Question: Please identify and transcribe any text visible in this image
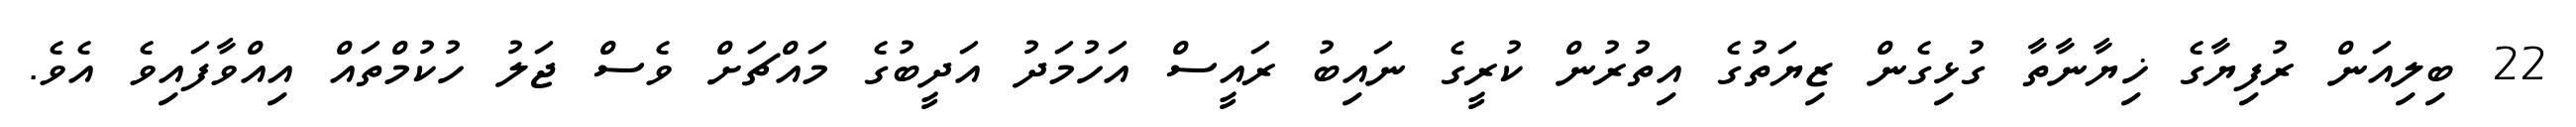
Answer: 22 ބިލިއަން ރުފިޔާގެ ޚިޔާނާތާ ގުޅިގެން ޒިޔަތުގެ އިތުރުން ކުރީގެ ނައިބު ރައީސް އަހުމަދު އަދީބުގެ މައްޗަށް ވެސް ޖަލު ހުކުމްތައް އިއްވާފައިވެ އެވެ.